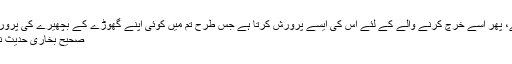
اللہ تعالیٰ اسے اپنے دائیں ہاتھ سے قبول فرماتا ہے، پھر اسے خرچ کرنے والے کے لئے اس کی ایسے پرورش کرتا ہے جس طرح تم میں کوئی اپنے گھوڑے کے بچھیرے کی پرورش کرتا ہے، حتی کہ وہ پہاڑ کی مانند ہوجاتا ہے
صحیح بخاری حدیث نمبر (1344)، صحیح مسلم حدیث نمبر (1014)۔